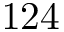
1 2 4